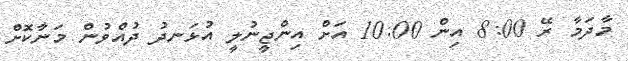
މާދަމާ ރޭ 8:00 އިން 10:00 އަށް އިންޖީނުލީ އުޅަނދު ދުއްވުން މަނާކޮށް